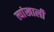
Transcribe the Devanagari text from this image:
त्यांखाली